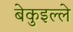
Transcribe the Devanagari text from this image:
बेकुइल्ले